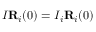
I { \bf R } _ { i } ( 0 ) = I _ { i } { \bf R } _ { i } ( 0 )